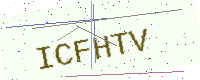
Text: ICFHTV